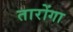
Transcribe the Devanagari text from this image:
तारोंगा